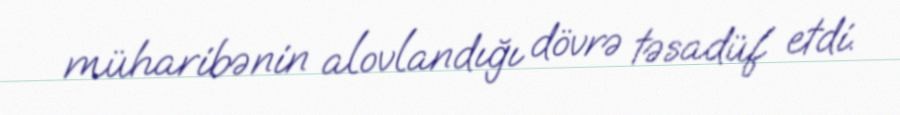
müharibənin alovlandığı dövrə təsadüf etdi.